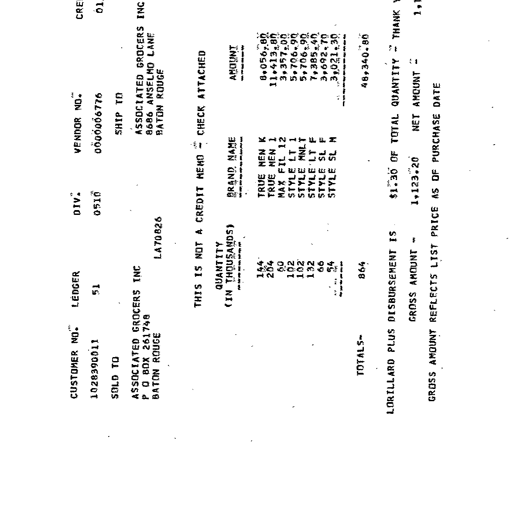
CUSTOMER NO. LEDGER DIV. VENDOR NO.
1028390011 51 0510 0000006776
SOLD TO SHIP TO
ASSOCIATED GROCERS INC ASSOCIATED GROCERS INC
P O BOX 261748 8686 ANSELMO LANE
BATON ROUGE LA70826 BATON ROUGE
THIS IS NOT A CREDIT MEMO - CHECK ATTACHED
QUANTITY
(IN THOUSANDS) BRAND NAME AMOUNT
144 TRUE MEN K 8,056.80
204 TRUE MEN 1 11,413.80
60 MAX FIL 12 3,357.00
102 STYLE LT 1 5,706.90
102 STYLE MNLT 5,706.90
132 STYLE LT F 7,385.40
66 STYLE SL F 3,692.70
54 STYLE SL M 3,021.30
TOTALS- 864 48,340.80
LORILLARD PLUS DISBURSEMENT IS $1.30 OF TOTAL QUANTITY - THANK YOU
GROSS AMOUNT - 1,123.20 NET AMOUNT - 1,123.20
GROSS AMOUNT REFLECTS LIST PRICE AS OF PURCHASE DATE